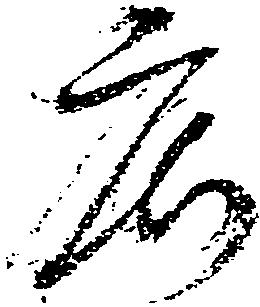
庄